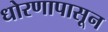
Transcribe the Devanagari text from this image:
धोरणापासून